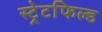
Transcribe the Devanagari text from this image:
स्ट्रेटफिल्ड